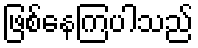
ဖြစ်နေကြပါသည်